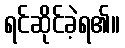
ရင်ဆိုင်ခဲ့ရ၏။